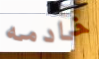
خادمه